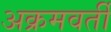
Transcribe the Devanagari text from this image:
अक्रमवर्ती